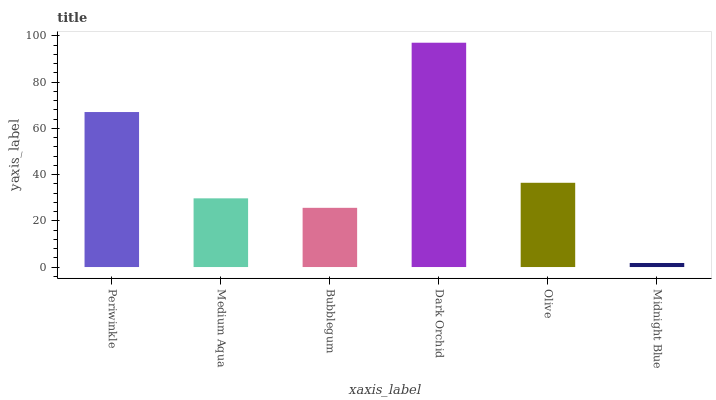
| xaxis_label | bars |
 | --- | --- |
 | Periwinkle | 67 |
 | Medium Aqua | 29.7 |
 | Bubblegum | 25.6 |
 | Dark Orchid | 97 |
 | Olive | 36.4 |
 | Midnight Blue | 1.75 |